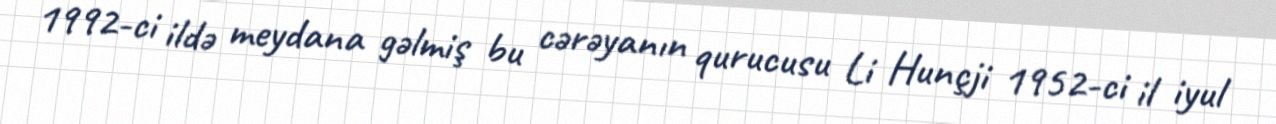
1992-ci ildə meydana gəlmiş bu cərəyanın qurucusu Li Hunçji 1952-ci il iyul